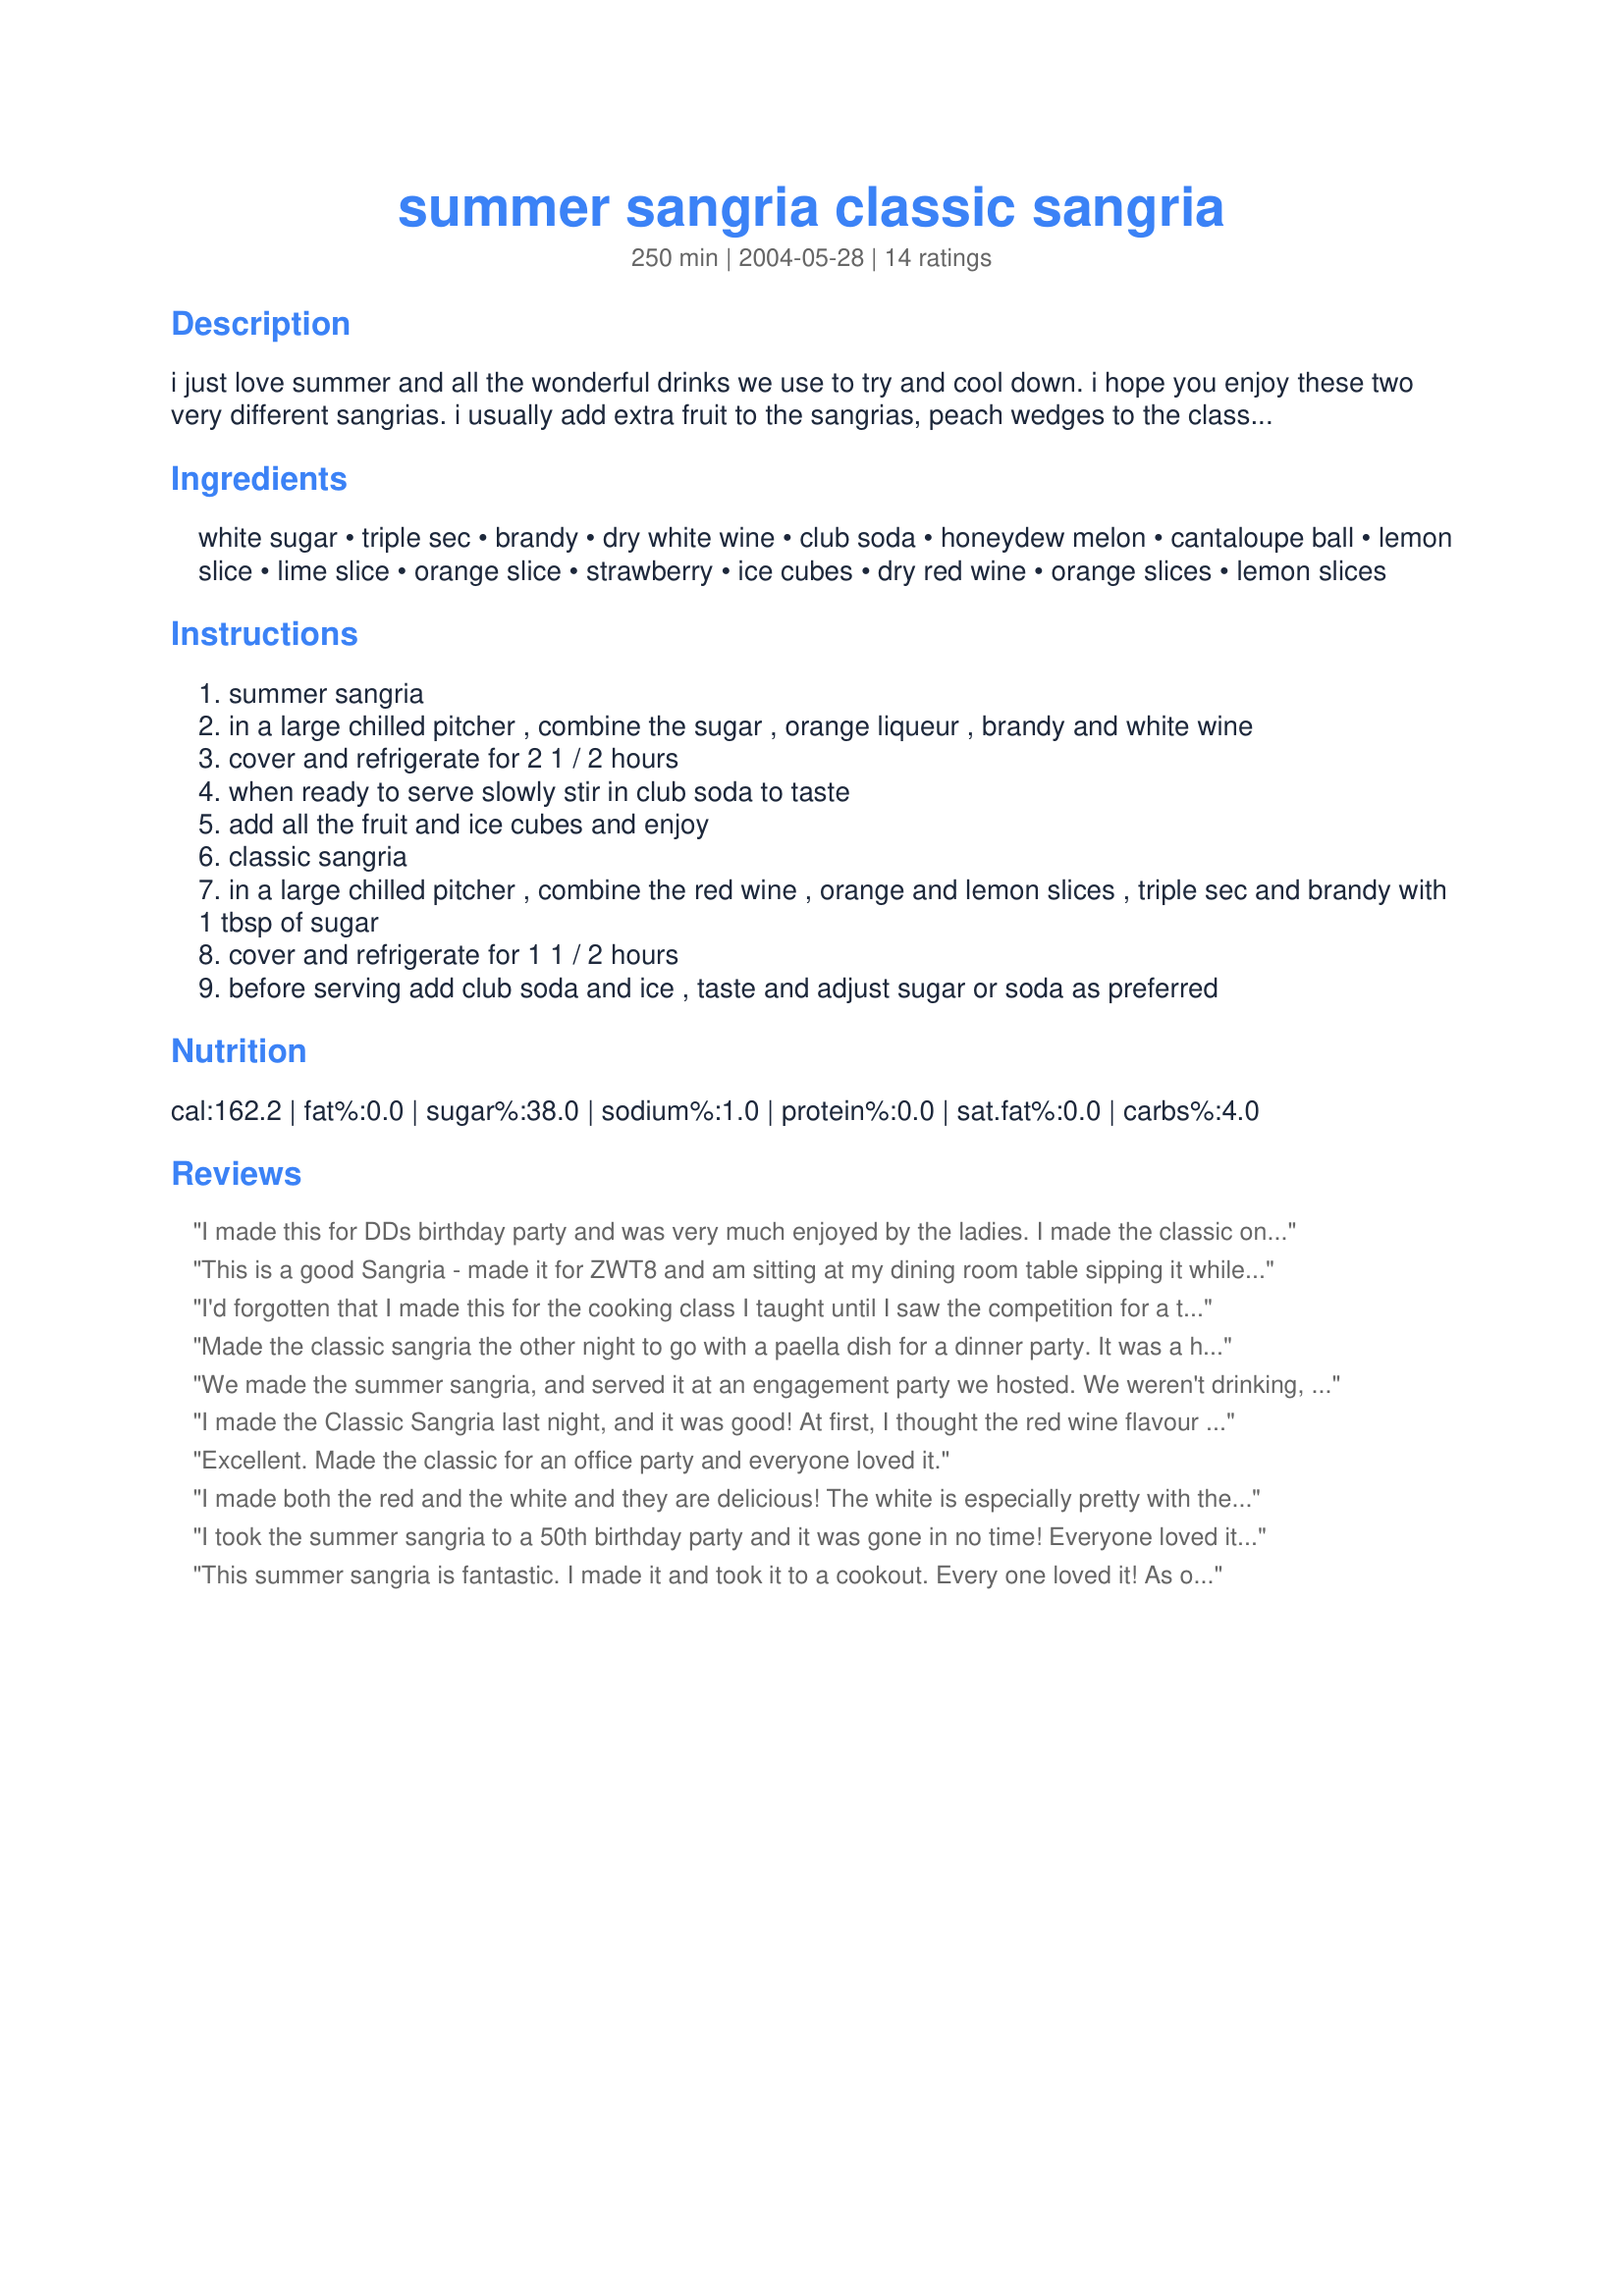
summer sangria classic sangria
Preparation time: 250 minutes

i just love summer and all the wonderful drinks we use to try and cool down. i hope you enjoy these two very different sangrias. i usually add extra fruit to the sangrias, peach wedges to the classic sangria and pear slices to the summer sangria.

Ingredients:
white sugar, triple sec, brandy, dry white wine, club soda, honeydew melon, cantaloupe ball, lemon slice, lime slice, orange slice, strawberry, ice cubes, dry red wine, orange slices, lemon slices

Steps:
summer sangria
in a large chilled pitcher , combine the sugar , orange liqueur , brandy and white wine
cover and refrigerate for 2 1 / 2 hours
when ready to serve slowly stir in club soda to taste
add all the fruit and ice cubes and enjoy
classic sangria
in a large chilled pitcher , combine the red wine , orange and lemon slices , triple sec and brandy with 1 tbsp of sugar
cover and refrigerate for 1 1 / 2 hours
before serving add club soda and ice , taste and adjust sugar or soda as preferred

Reviews:
I made this for DDs birthday party and was very much enjoyed by the ladies. I made the classic one. I still have one glass left in the fridge with the citrus slices sitting in it and it taste like a vermouth. Thanks for sharing.
This is a good Sangria - made it for ZWT8 and am sitting at my dining room table sipping it while looking out over the ocean. Soooo relaxing and the sangria is the perfect accompaniment. I followed the recipe for the Classic Sangria, but did add some diced apples because I LOVE the taste of them when they've been steeping in the brew! Thanks, Baby Kato!
I'd forgotten that I made this for the cooking class I taught until I saw the competition for a tapas party menu! I made the classic Sangria. Same comment as others, just sweet enough without being too sweet. I'll definitely make this again!
Made the classic sangria the other night to go with a paella dish for a dinner party. It was a hit and from what I can remember, the fruit was a great dessert:)!!! Make sure you have extra supplies on hand because one pitcher will not cut it!
We made the summer sangria, and served it at an engagement party we hosted. We weren't drinking, but the the guests really enjoyed it. We forgot the strawberries in the fridge, but I'm sure that would've made it even better! Oops! Gives us a good excuse to do it again! Thanks for a nice twist on classic sangria, Baby Kato!
I made the Classic Sangria last night, and it was good! At first, I thought the red wine flavour was taking over everything a bit much, so I added a little extra of the brandy and cointreau (I couldn't get triple sec), and an extra cup of soda water, and it was perfect! [Made for Aus/NZ Recipe Swap #22]
Excellent. Made the classic for an office party and everyone loved it.
I made both the red and the white and they are delicious! The white is especially pretty with the colorful fruit - even with omitting the canteloupe. They were easy to make and a big hit. Thanks!
I took the summer sangria to a 50th birthday party and it was gone in no time! Everyone loved it. One person commented that it tastes just like summer. I will definitely make it again.
This summer sangria is fantastic. I made it and took it to a cookout. Every one loved it! As one person said, "It's delicious and very pretty too!" It is very light and refreshing, perfect for hot summer days.
Made the summer sangria for a baby shower for about 50 people and everyone absolutely loved it. PUt it in a clear lemonade cooler and let everyone help themselves. It is a great inexpensive drink to make for large parties. Directed them to recipezaar for all the great recipes.
Had 3 couples for dinner tonight and made this.. We went through the first pitcher of Classic Sangria in no time, so made another pitcher. It was awesome!!! Was great with our Cabernet-Shiraz.
Everyone enjoyed it-One guy even asked how I made it as he wants to make it. A perfect light warm summer night drink. Thanks for posting.
We made the classic sangria for DH and his friend, what a wonderful drink! they both thoroughly enjoyed it, I plan on making the Summer Sangria very soon, thanks Baby K!...Kitten:)
I made this for dinner with my in-laws last night. I did add a tad bit more of the triple sec and a little more sugar, but all in all, it was wonderful, and my mother in law especially loved it. She said other Sangria's she has had are much too sweet, but that this was just perfect. I will definately try the Summer Sangria next. Thanks!
